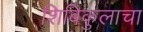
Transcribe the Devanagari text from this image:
शिबिकुलाचा